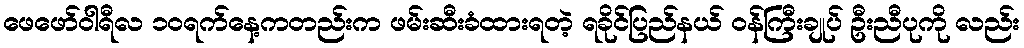
ဖေဖော်ဝါရီလ ၁၀ရက်နေ့ကတည်းက ဖမ်းဆီးခံထားရတဲ့ ရခိုင်ပြည်နယ် ဝန်ကြီးချုပ် ဦးညီပုကို လည်း